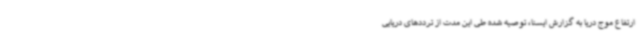
ارتفاع موج دریا به گزارش ایسنا، توصیه شده طی این مدت از ترددهای دریایی